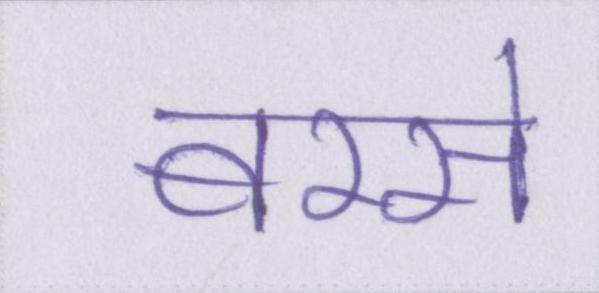
बरसे